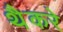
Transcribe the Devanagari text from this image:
थैैकरे